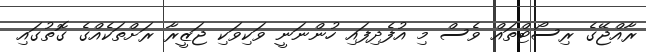
ރާއްޖޭގެ ރިސޯޓްތައް ވެސް މި އުފެދިފައި ހުންނަނީ ވަކިވަކި ޖަޒީރާ ރަށްތަކެއްގެ ގޮތުގައި